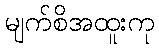
မျက်စိအထူးကု